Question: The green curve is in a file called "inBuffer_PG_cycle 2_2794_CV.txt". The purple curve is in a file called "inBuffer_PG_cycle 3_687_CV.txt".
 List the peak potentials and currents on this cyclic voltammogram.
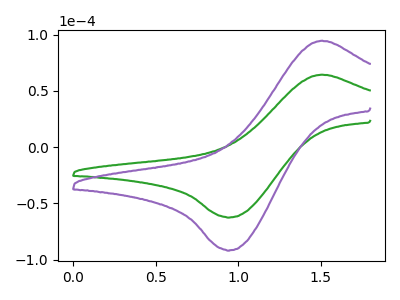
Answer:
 <answer>The green curve "PG cycle 2" has an anodic peak at (1.50V, 64.35uA) and a cathodic peak at (0.95V, -62.40uA). The purple curve "PG cycle 3" has an anodic peak at (1.50V, 94.55uA) and a cathodic peak at (0.95V, -91.70uA).</answer>
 <eval></eval>